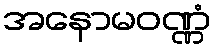
အနောမဝဏ္ဏံ